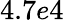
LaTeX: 4.7e4